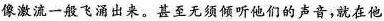
像激流一般飞涌出来。甚至无须倾听他们的声音，就在他